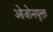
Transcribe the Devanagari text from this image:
ओज़ोनयुक्त